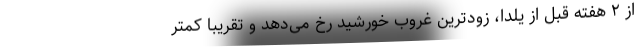
از ۲ هفته قبل از یلدا، زودترین غروب خورشید رخ می‌دهد و تقریبا کمتر